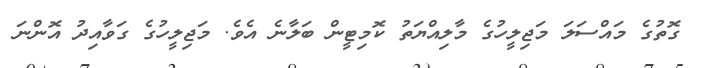
ގޮތުގެ މައްސަލަ މަޖިލީހުގެ މާލިއްޔަތު ކޮމިޓީން ބަލާނެ އެވެ. މަޖިލީހުގެ ގަވާއިދު އޮންނަ